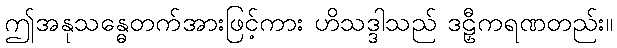
ဤအနုသန္ဓေတက်အားဖြင့်ကား ဟိသဒ္ဒါသည် ဒဠှီကရဏတည်း။